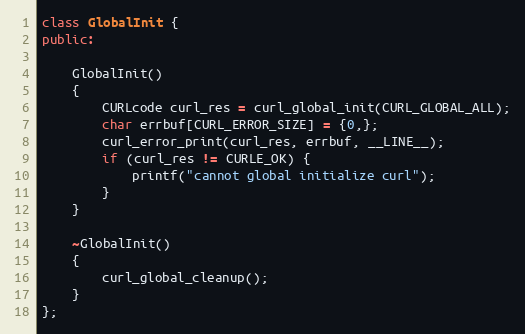
Language: C++
class GlobalInit {
public:

	GlobalInit()
	{
		CURLcode curl_res = curl_global_init(CURL_GLOBAL_ALL);
		char errbuf[CURL_ERROR_SIZE] = {0,};
		curl_error_print(curl_res, errbuf, __LINE__);
		if (curl_res != CURLE_OK) {
			printf("cannot global initialize curl");
		}
	}

	~GlobalInit()
	{
		curl_global_cleanup();
	}
};